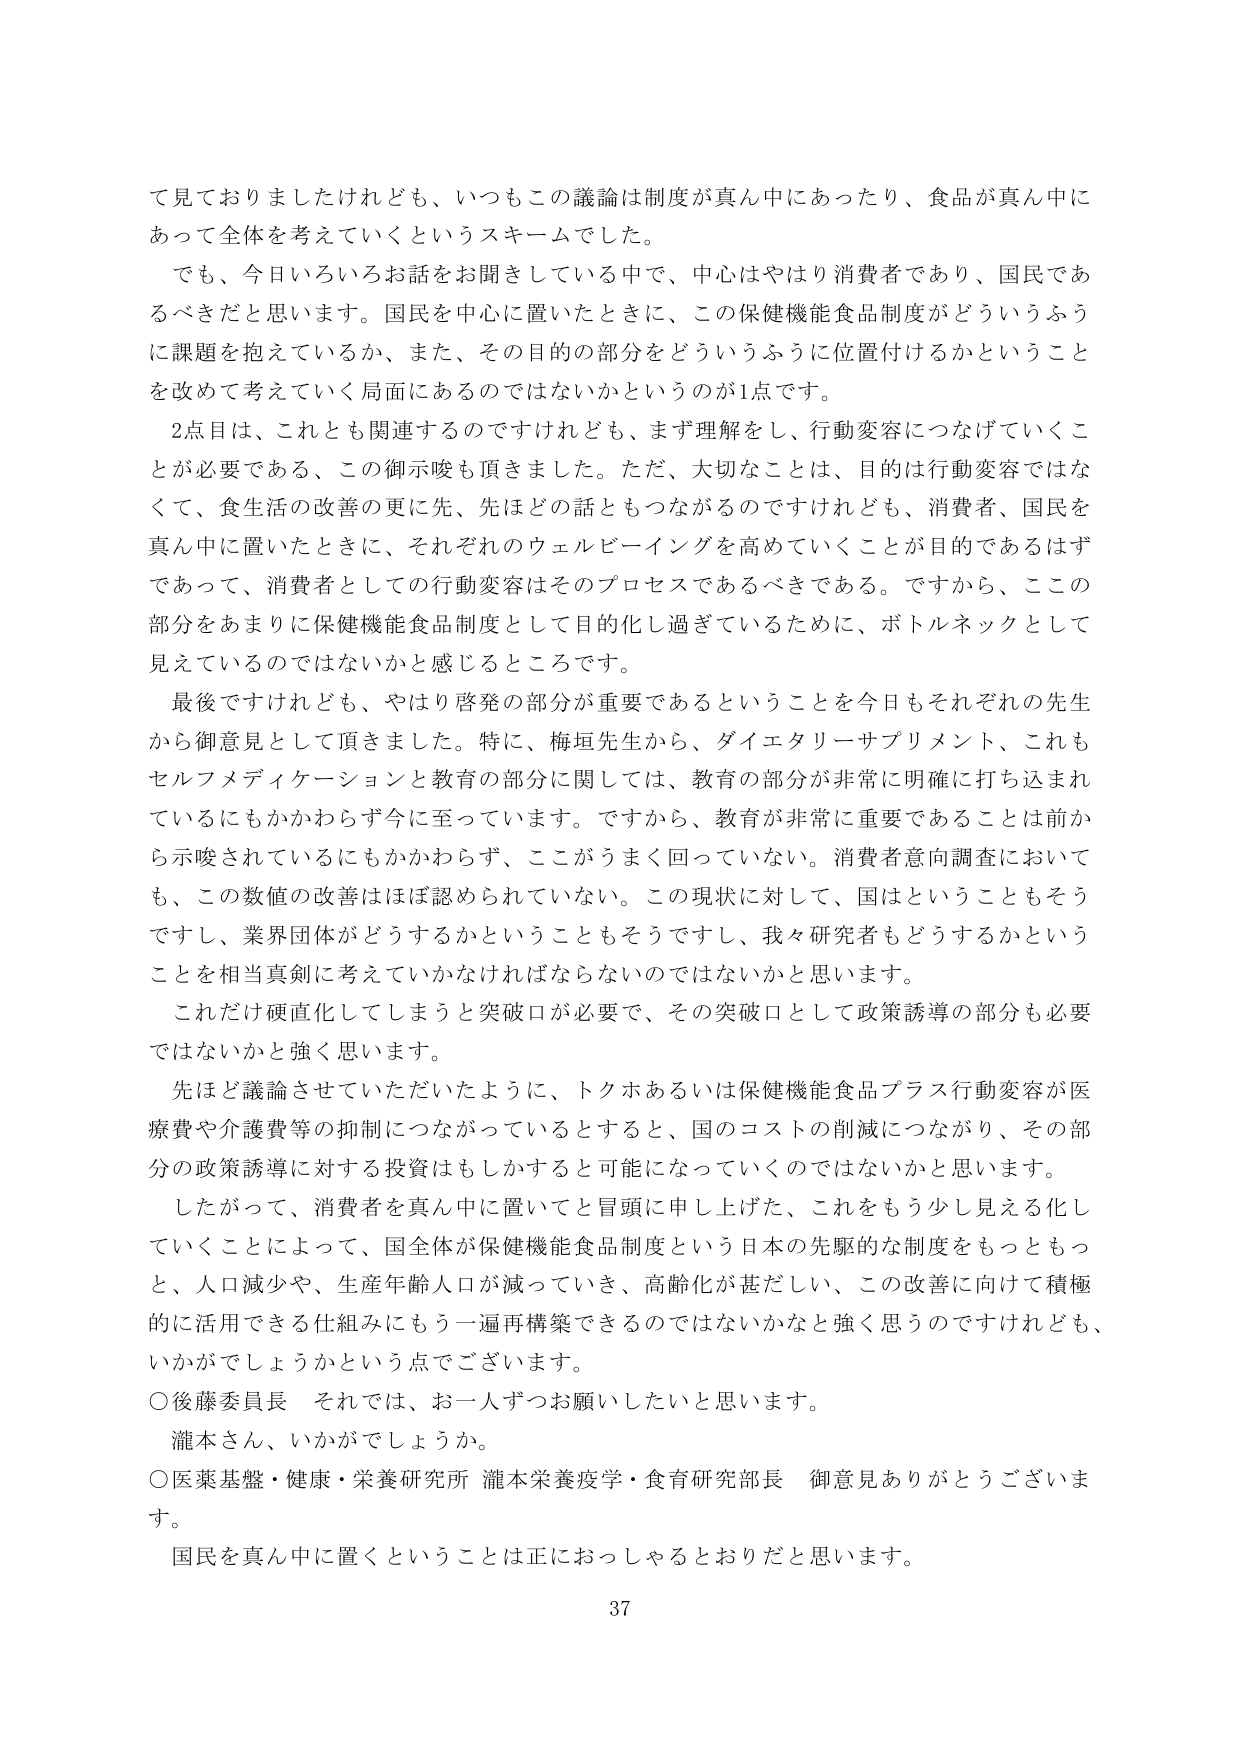
て見ておりましたけれども、いつもこの議論は制度が真ん中にあったり、食品が真ん中にあって全体を考えていくというスキームでした。

でも、今日いろいろお話をお聞きしている中で、中心はやはり消費者であり、国民であるべきだと思います。国民を中心に置いたときに、この保健機能食品制度がどういうふうに課題を抱えているか、また、その目的の部分をどういうふうに位置付けるかということを改めて考えていく局面にあるのではないかというのが1点です。

2点目は、これとも関連するのですけれども、まず理解をし、行動変容につなげていくことが必要である、この御示唆も頂きました。ただ、大切なことは、目的は行動変容ではなくて、食生活の改善の更に先、先ほどの話ともつながるのですけれども、消費者、国民を真ん中に置いたときに、それぞれのウェルビーイングを高めていくことが目的であるはずであって、消費者としての行動変容はそのプロセスであるべきである。ですから、この部分をあまりに保健機能食品制度として目的化し過ぎているために、ボトルネックとして見えていないのではないかと感じるところです。

最後ですけれども、やはり啓発の部分が重要であるということを今日もそれぞれの先生から御意見として頂きました。特に、梅垣先生から、ダイエットサプリメント、これもセルフメディケーションと教育の部分に関しては、教育の部分が非常に明確に打ち込まれているにもかかわらず今に至っています。ですから、教育が非常に重要であることは前から示唆されているにもかかわらず、ここがうまく回っていない。消費者意向調査においても、この数値の改善はほぼ認められていない。この現状に対して、国とはいうこともそうですし、業界団体がどうするかということもそうですし、我々研究者もどうするかということを相当真剣に考えていかなければならないのではないかと思います。

これだけ硬直化してしまうと突破口が必要で、その突破口として政策誘導の部分も必要ではないかと強く思います。

先ほど議論させていただいたように、トクホあるいは保健機能食品プラス行動変容が医療費や介護費等の抑制につながっているとすると、国のコストの削減につながり、その部分の政策誘導に対する投資はもしかすると可能になっていくのではないかと思います。

したがって、消費者を真ん中に置いてと冒頭に申し上げた、これをもう少し見える化していくことによって、国全体が保健機能食品制度という日本の先駆的な制度をもっともっと、人口減少や、生産年齢人口が減っていき、高齢化が甚だしい、この改善に向けて積極的に活用できる仕組みにもう一遍再構築できるのではないかと強く思うのですけれども、いかがでしょうかという点でございます。

○後藤委員長　それでは、お一人ずつお願いしたいと思います。
瀧本さん、いかがでしょうか。

○医薬基盤・健康・栄養研究所 瀧本栄養疫学・食育研究部長 御意見ありがとうございます。

国民を真ん中に置くということは正におっしゃるとおりだと思います。

37